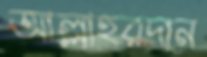
আল্লাহরদান